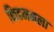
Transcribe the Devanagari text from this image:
किडमनला